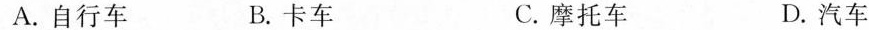
A.自行车 B.卡车 C.摩托车 D.汽车